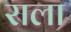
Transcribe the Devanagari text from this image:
राला